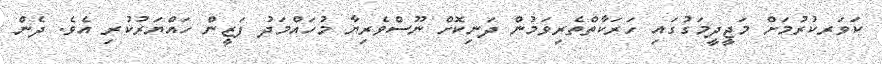
ކަވަރކުރުމަށް މަޖީދީމަގުގައި ހަރަކާތްތެރިވަމުން ދަނިކޮށް ނޫސްވެރިޔާ މުހައްމަދު ފަޒީން ހައްޔަރުކުރި އެވެ. ދެން